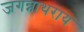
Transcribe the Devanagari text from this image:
जगन्नाथराय